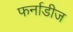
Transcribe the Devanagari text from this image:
फर्नाडीज